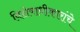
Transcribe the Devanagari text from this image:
विशेषाधीकारांचे